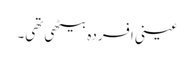
عینی افسردہ بیٹھی تھی۔